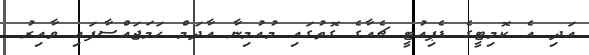
އަދި އެ ކޮމިޓީގެ ޑެޕިއުޓީ ޗެއާގެ ގޮތުގައި މުއުމިނާ އާދަމް ހަމަޖައްސާފައި ވާއިރު